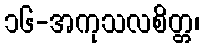
၁၆-အကုသလစိတ္တ၊